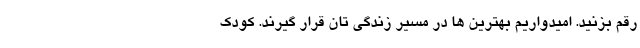
رقم بزنید. امیدواریم بهترین ها در مسیر زندگی تان قرار گیرند. کودک